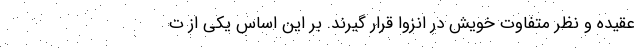
عقيده و نظر متفاوت خويش در انزوا قرار گيرند. بر این اساس یکی از ت